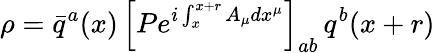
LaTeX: \rho=\bar{q}^{a}(x)\, \left[Pe^{i\int_{x}^{x+r}A_{\mu}dx^{\mu}}\right]_{ab}\, q^{b}(x+r)